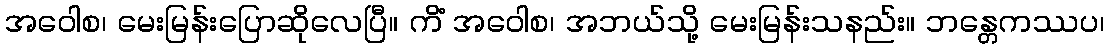
အဝေါစ၊ မေးမြန်းပြောဆိုလေပြီ။ ကိံ အဝေါစ၊ အဘယ်သို့ မေးမြန်းသနည်း။ ဘန္တေကဿပ၊